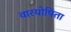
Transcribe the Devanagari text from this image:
वारयोषिता